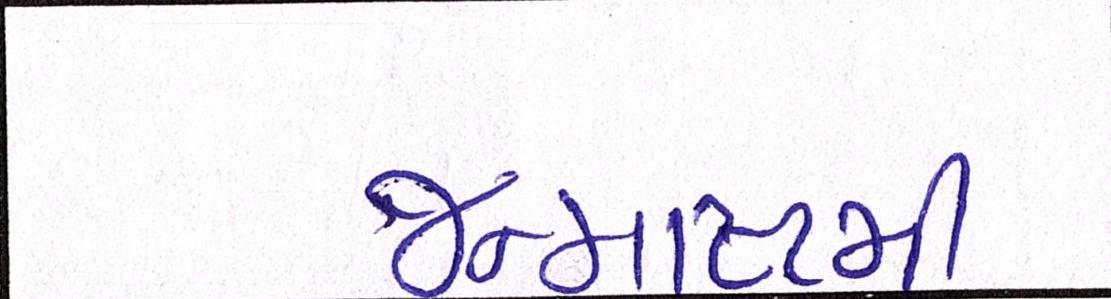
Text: જન્માષ્ટમી